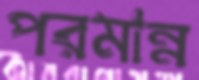
পরমান্ন